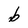
Character: b